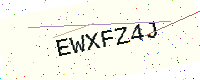
Text: EWXFZ4J